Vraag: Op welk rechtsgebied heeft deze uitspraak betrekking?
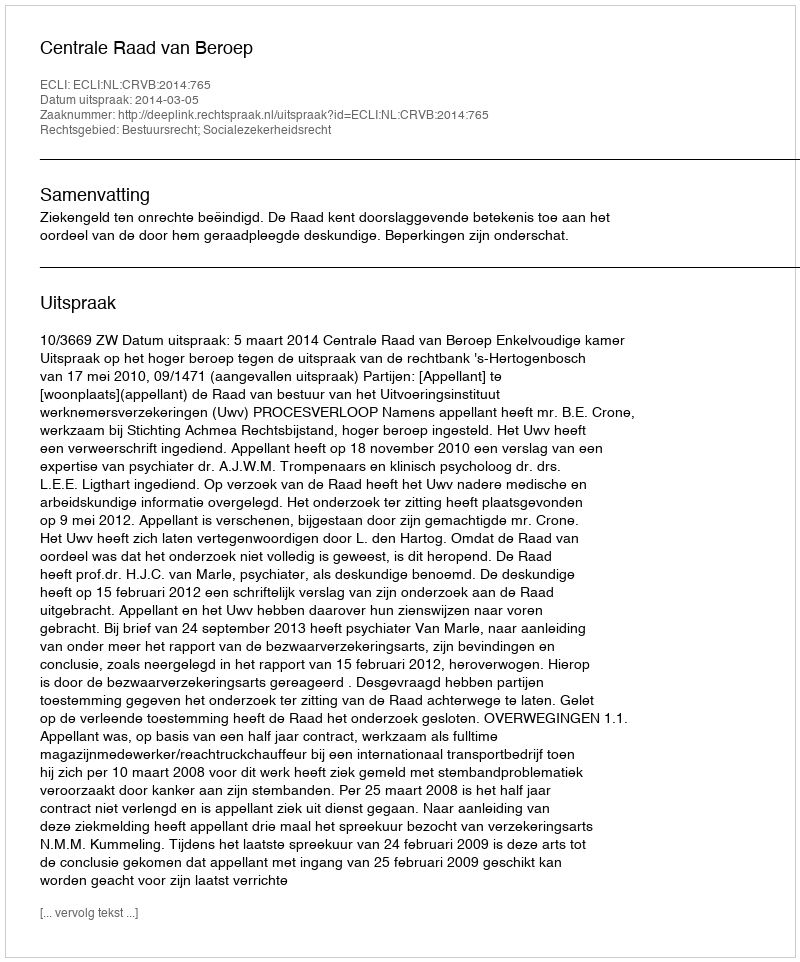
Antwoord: Bestuursrecht; Socialezekerheidsrecht